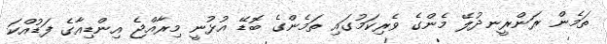
ތަމެން ރަންރީނދުލޭ މެންގެ ވެރިކަމުގައި ތަމެންގެ ބޮޑޭ އުޅުނީ މިރާއްޖެ އިންޑިއާގެ ފަޑުއްކަ